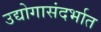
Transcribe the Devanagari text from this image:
उद्योगासंदर्भात